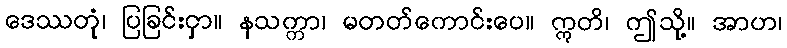
ဒေဿတုံ၊ ပြခြင်းငှာ။ နသက္ကာ၊ မတတ်ကောင်းပေ။ ဣတိ၊ ဤသို့။ အာဟ၊